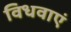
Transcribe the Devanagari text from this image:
विधवाएं